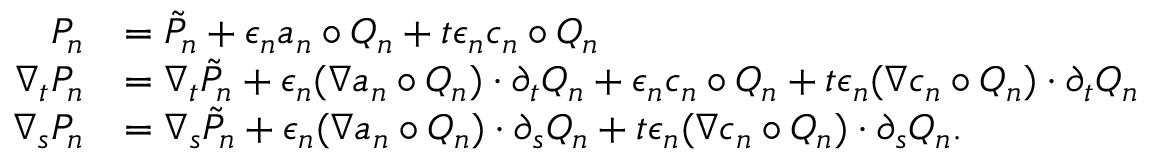
\begin{array} { r l } { P _ { n } } & { = \tilde { P } _ { n } + \epsilon _ { n } \mathfrak { a } _ { n } \circ Q _ { n } + t \epsilon _ { n } \mathfrak { c } _ { n } \circ Q _ { n } } \\ { \nabla _ { t } P _ { n } } & { = \nabla _ { t } \tilde { P } _ { n } + \epsilon _ { n } ( \nabla \mathfrak { a } _ { n } \circ Q _ { n } ) \cdot \partial _ { t } Q _ { n } + \epsilon _ { n } \mathfrak { c } _ { n } \circ Q _ { n } + t \epsilon _ { n } ( \nabla \mathfrak { c } _ { n } \circ Q _ { n } ) \cdot \partial _ { t } Q _ { n } } \\ { \nabla _ { s } P _ { n } } & { = \nabla _ { s } \tilde { P } _ { n } + \epsilon _ { n } ( \nabla \mathfrak { a } _ { n } \circ Q _ { n } ) \cdot \partial _ { s } Q _ { n } + t \epsilon _ { n } ( \nabla \mathfrak { c } _ { n } \circ Q _ { n } ) \cdot \partial _ { s } Q _ { n } . } \end{array}